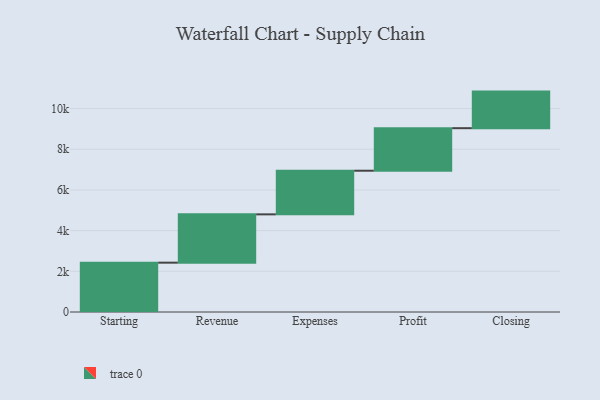
{"axis": {"x": "Step", "y": "Value"}, "legend": [""], "data": [{"x": "Starting", "y": 2425.0, "type": ""}, {"x": "Revenue", "y": 2375.0, "type": ""}, {"x": "Expenses", "y": 2145.0, "type": ""}, {"x": "Profit", "y": 2091.0, "type": ""}, {"x": "Closing", "y": 1798.0, "type": ""}]}